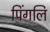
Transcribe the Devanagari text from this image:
पिंगलि